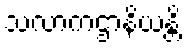
သလာကဌာနိယန္တိ